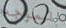
الموجه